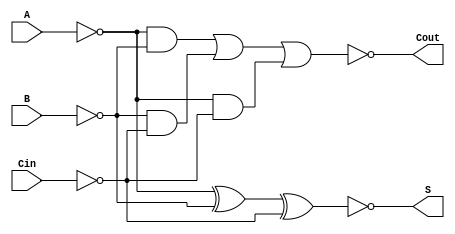
module NegativeCircuitFullAdder (
    input wire A,    // Active low input A
    input wire B,    // Active low input B
    input wire Cin,  // Active low carry-in
    output wire S,   // Active low sum output
    output wire Cout  // Active low carry-out output
);

    // Intermediate signals
    wire A_n, B_n, Cin_n;
    wire sum_xor, carry_or;

    // Invert inputs to switch from active low to normal logic
    assign A_n = ~A; 
    assign B_n = ~B; 
    assign Cin_n = ~Cin;

    // Calculate the sum using the XOR operation
    assign sum_xor = A_n ^ B_n ^ Cin_n; // A XOR B XOR Cin
    
    // The sum output is the negation of the XOR result
    assign S = ~sum_xor;

    // Calculate carry-out based on the provided equation
    assign carry_or = (A_n & B_n) | (B_n & Cin_n) | (A_n & Cin_n); // A AND B OR B AND Cin OR A AND Cin

    // The carry-out output is the negation of the carry result
    assign Cout = ~carry_or;

endmodule